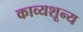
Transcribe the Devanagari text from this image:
काव्यशून्य